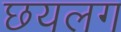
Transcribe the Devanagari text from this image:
छयलग